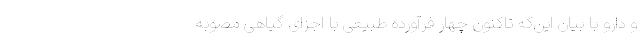
و دارو با بیان این‌‌که تاکنون چهار فرآورده طبیعی با اجزای گیاهی مصوبه